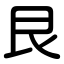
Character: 艮